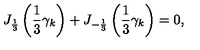
J _ { \frac { 1 } { 3 } } \left( \frac { 1 } { 3 } \gamma _ { k } \right) + J _ { - \frac { 1 } { 3 } } \left( \frac { 1 } { 3 } \gamma _ { k } \right) = 0 ,